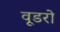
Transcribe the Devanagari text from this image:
वूडरो